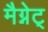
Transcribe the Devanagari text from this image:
मैग्नेट्